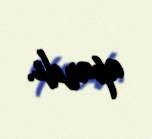
apardı.